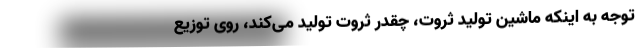
توجه به اینکه ماشین تولید ثروت، چقدر ثروت تولید می‌کند، روی توزیع